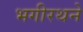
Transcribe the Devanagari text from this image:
भगीरथने